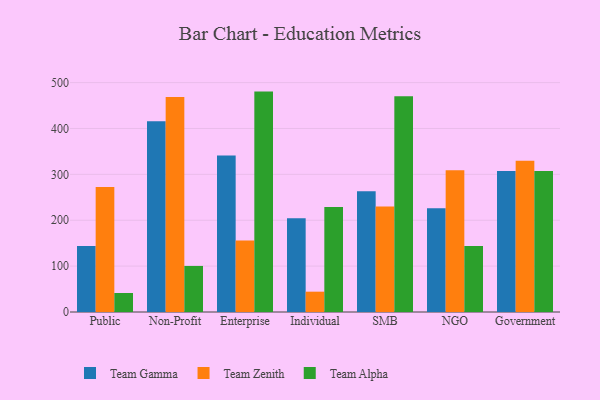
{"axis": {"x": "Segment", "y": "LTV (USD)"}, "legend": ["Team Alpha", "Team Gamma", "Team Zenith"], "data": [{"x": "Public", "y": 143.7, "type": "Team Gamma"}, {"x": "Public", "y": 272.7, "type": "Team Zenith"}, {"x": "Public", "y": 41.4, "type": "Team Alpha"}, {"x": "Non-Profit", "y": 415.9, "type": "Team Gamma"}, {"x": "Non-Profit", "y": 468.6, "type": "Team Zenith"}, {"x": "Non-Profit", "y": 100.4, "type": "Team Alpha"}, {"x": "Enterprise", "y": 341.1, "type": "Team Gamma"}, {"x": "Enterprise", "y": 155.9, "type": "Team Zenith"}, {"x": "Enterprise", "y": 480.4, "type": "Team Alpha"}, {"x": "Individual", "y": 204.2, "type": "Team Gamma"}, {"x": "Individual", "y": 44.3, "type": "Team Zenith"}, {"x": "Individual", "y": 228.7, "type": "Team Alpha"}, {"x": "SMB", "y": 263.3, "type": "Team Gamma"}, {"x": "SMB", "y": 229.9, "type": "Team Zenith"}, {"x": "SMB", "y": 470.0, "type": "Team Alpha"}, {"x": "NGO", "y": 226.0, "type": "Team Gamma"}, {"x": "NGO", "y": 308.8, "type": "Team Zenith"}, {"x": "NGO", "y": 144.1, "type": "Team Alpha"}, {"x": "Government", "y": 307.2, "type": "Team Gamma"}, {"x": "Government", "y": 329.8, "type": "Team Zenith"}, {"x": "Government", "y": 307.6, "type": "Team Alpha"}]}